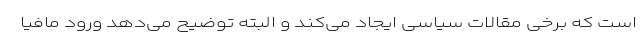
است که برخی مقالات سیاسی ایجاد می‌کند و البته توضیح می‌دهد ورود مافیا